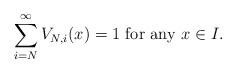
\begin{align*} \sum_{i=N}^{\infty}V_{N,i}(x)=1 \mbox{ for any }x \in I.\end{align*}